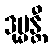
ဒုမ္မန္တီ